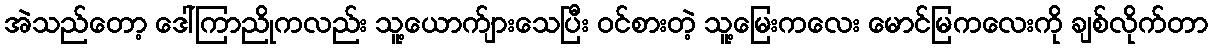
အဲသည်တော့ ဒေါ်ကြာညိုကလည်း သူ့ယောက်ျားသေပြီး ဝင်စားတဲ့ သူ့မြေးကလေး မောင်မြကလေးကို ချစ်လိုက်တာ